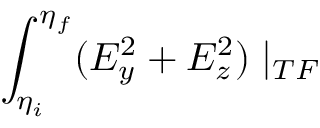
\int _ { \eta _ { i } } ^ { \eta _ { f } } ( E _ { y } ^ { 2 } + E _ { z } ^ { 2 } ) \mid _ { T F }